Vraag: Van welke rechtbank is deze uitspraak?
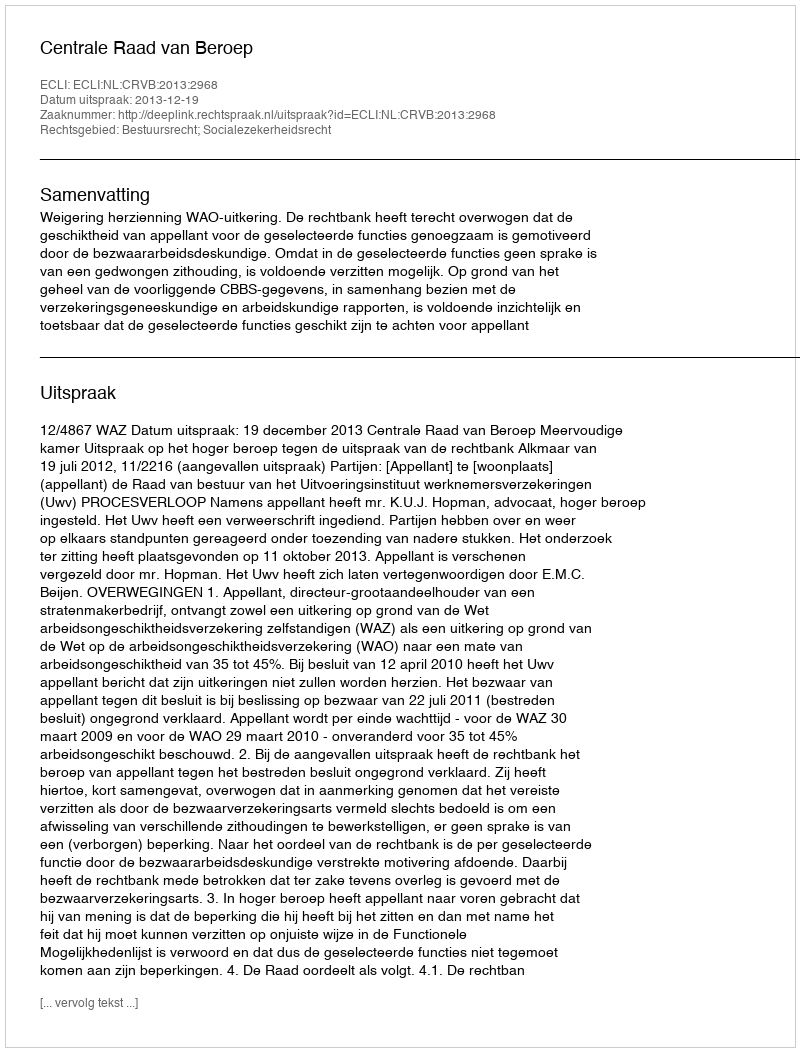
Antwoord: Centrale Raad van Beroep